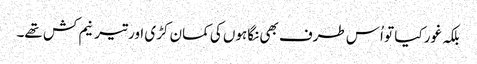
بلکہ غور کیا تو اُس طرف بھی نگاہوں کی کمان کڑی اور تیر نیم کش تھے۔